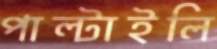
পাল্‌টাইলি